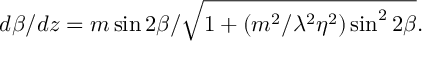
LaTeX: d \beta / d z = { m \sin 2 \beta } / \sqrt { 1 + ( m ^ { 2 } / \lambda ^ { 2 } \eta ^ { 2 } ) \sin ^ { 2 } 2 \beta } .